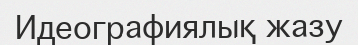
Идеографиялық жазу